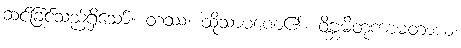
ဆင်ခြင်သည်ရှိသော်။ တဿ၊ ထိုသာမဏေ၏။ ဝိဗ္ဘမိတုကာမတာယ၊